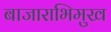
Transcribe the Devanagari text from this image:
बाजाराभिमुख